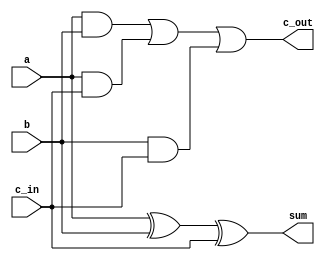
`timescale 1 ns / 1 ns

module one_bit_fa (a,b,c_in,sum,c_out);
    input a,b,c_in;
    output sum,c_out;

    wire w1,w2,w3;

    //c_out
    and #1 u1(w1,a,b);
    and #1 u2(w2,a,c_in);
    and #1 u3(w3,b,c_in);
    or #1 u4(c_out,w1,w2,w3);

    //sum
    xor #1 u5(sum,a,b,c_in);

endmodule//one_fit_fa

module one_bit_csa (a,b,c_in_initial,zero_c_in,one_c_in,sum,zero_c_out,one_c_out);
    input a,b,c_in_initial,zero_c_in,one_c_in;
    output reg sum;
    output zero_c_out,one_c_out;

    wire zero_sum,one_sum;

    one_bit_fa zero_fa(.a(a), .b(b), .c_in(zero_c_in), .sum(zero_sum), .c_out(zero_c_out));

    one_bit_fa one_fa(.a(a), .b(b), .c_in(one_c_in), .sum(one_sum), .c_out(one_c_out));

    //MUX
    always @(c_in_initial or zero_sum or one_sum) begin
        #1
        if (c_in_initial == 1) begin
            sum = one_sum;
        end else begin
            sum = zero_sum;
        end
    end

endmodule//one_bit_csa

module four_bit_csa (a,b,c_in_initial,sum,c_out_final);
    input [3:0] a,b;
    input c_in_initial;
    output [3:0] sum;
    output reg c_out_final;

    wire [3:0] zero_c_in,zero_c_out,one_c_in,one_c_out;

    one_bit_csa M[3:0] (.a(a), .b(b), .c_in_initial(c_in_initial), 
                        .zero_c_in(zero_c_in),.one_c_in(one_c_in), 
                        .sum(sum), .zero_c_out(zero_c_out), .one_c_out(one_c_out));
    
    assign zero_c_in[0] = 1'b0;
    assign one_c_in[0] = 1'b1;

    assign zero_c_in[3:1] = zero_c_out[2:0];
    assign one_c_in[3:1] = one_c_out[2:0];

    //MUX
    always @(c_in_initial or zero_c_out[3] or one_c_out[3]) begin
        #1
        if (c_in_initial == 0)
            c_out_final = zero_c_out[3];
        if (c_in_initial == 1)
            c_out_final = one_c_out[3];
    end

endmodule//four_bit_csa

module n_bit_csa 
#(parameter integer WIDTH = 4)
(a,b,c_in_initial,sum,c_out_final);
    input [WIDTH - 1:0] a,b;
    input c_in_initial;
    output [WIDTH - 1:0] sum;
    output c_out_final;

    wire [WIDTH/4 - 1:0] c_in,c_out;

    //Instantiate Modules
    genvar i;
    generate
        for (i=0; i<(WIDTH/4); i=i+1) begin
            four_bit_csa Ni(.a(a[4*(i+1)-1:4*i]), .b(b[4*(i+1)-1:4*i]), .c_in_initial(c_in[(4*i)/4]),
                            .sum(sum[4*(i+1)-1:4*i]), .c_out_final(c_out[(4*i)/4]));
        end
    endgenerate

    //Attach initial c_in input to the first modules c_in
    assign c_in[0] = c_in_initial;

    //Attach final c_out output to final c_out module
    assign c_out_final = c_out[WIDTH/4-1];

    //Attaches each modules c_out to the next module c_in
    if (WIDTH !== 4) begin
        assign c_in[WIDTH/4 - 1:1] = c_out[WIDTH/4-2:0];
    end

endmodule//n_bit_csa

`ifdef tb

module n_bit_csa_tb;
    parameter integer WIDTH = 64;
    reg [WIDTH-1:0] a,b;
    reg c_in;
    wire c_out;
    wire [WIDTH-1:0] sum;

    n_bit_csa #(.WIDTH(WIDTH)) CSA1(.a(a), .b(b), .c_in_initial(c_in), .sum(sum), .c_out_final(c_out));

    integer i;

    initial begin
        $dumpfile("n_bit_csa_tb.vcd");
        $dumpvars;

        for (i = 0; i < 16; i = i + 1) begin
            a[31:0] = $urandom;
            a[63:32] = $urandom;
            b[31:0] = $urandom;
            b[63:32] = $urandom;
            c_in = $urandom;
            #(8 + (WIDTH/4));
            if (a+b+c_in !== sum) begin
                $display("Incorrect sum!");
                $finish;
            end
        end
        $finish;
    end
endmodule//n_bit_cba_tb
`endif//`ifdef tb